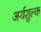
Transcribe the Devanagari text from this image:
अर्थशुल्क